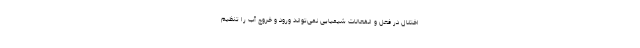
اختلال در فعل و انفعالات شیمیایی نمی‌تواند ورود و خروج آب را تنظیم